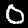
Digit: 0